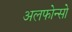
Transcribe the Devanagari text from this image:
अलफोन्सो